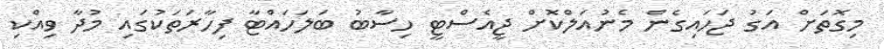
މިގޮތަށް އަގު ޖަހައިގެން މެނުއަލްކޮށް ޖީއެސްޓީ ހިސާބު ބަލަހައްޓާ ފިހާރަތަކުގައި މުދާ ވިއްކި